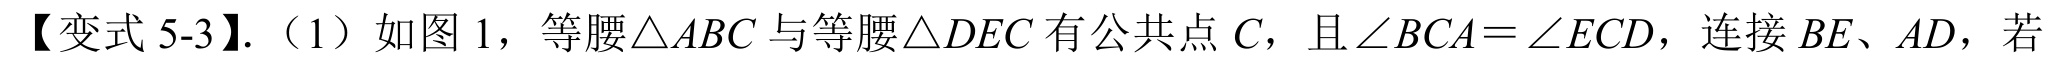
【变式 5-3】.（1）如图 1，等腰 \(\triangle ABC\) 与等腰 \(\triangle DEC\) 有公共点 \(C\)，且 \(\angle BCA=\angle ECD\)，连接 \(BE\)、\(AD\)，若